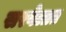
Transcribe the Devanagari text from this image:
सरवेलात